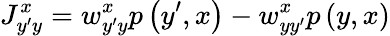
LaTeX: J_{y^{\prime}y}^{x}=w_{y^{\prime}y}^{x}p\left(y^{\prime},x\right)-w_{yy^{\prime}}^{x}p\left(y,x\right)